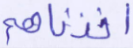
أخذناهم